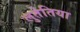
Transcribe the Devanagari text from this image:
लुतेतिया